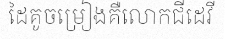
ដៃគូចម្រៀងគឺលោកជីដេវី